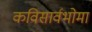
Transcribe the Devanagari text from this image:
कविसार्वभोमा